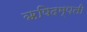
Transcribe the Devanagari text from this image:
ऋषिदम्पती